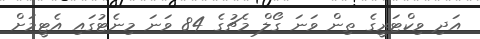
އަދި ވިކްޓަރީގެ ތިން ވަނަ ގޯލް މެޗުގެ 84 ވަނަ މިނެޓުގައި އެޓީމަށް